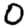
Digit: 0